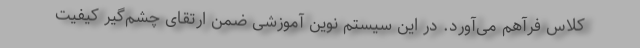
کلاس فرآهم می‌آورد. در این سیستم نوین آموزشی ضمن ارتقای چشم‌گیر کیفیت